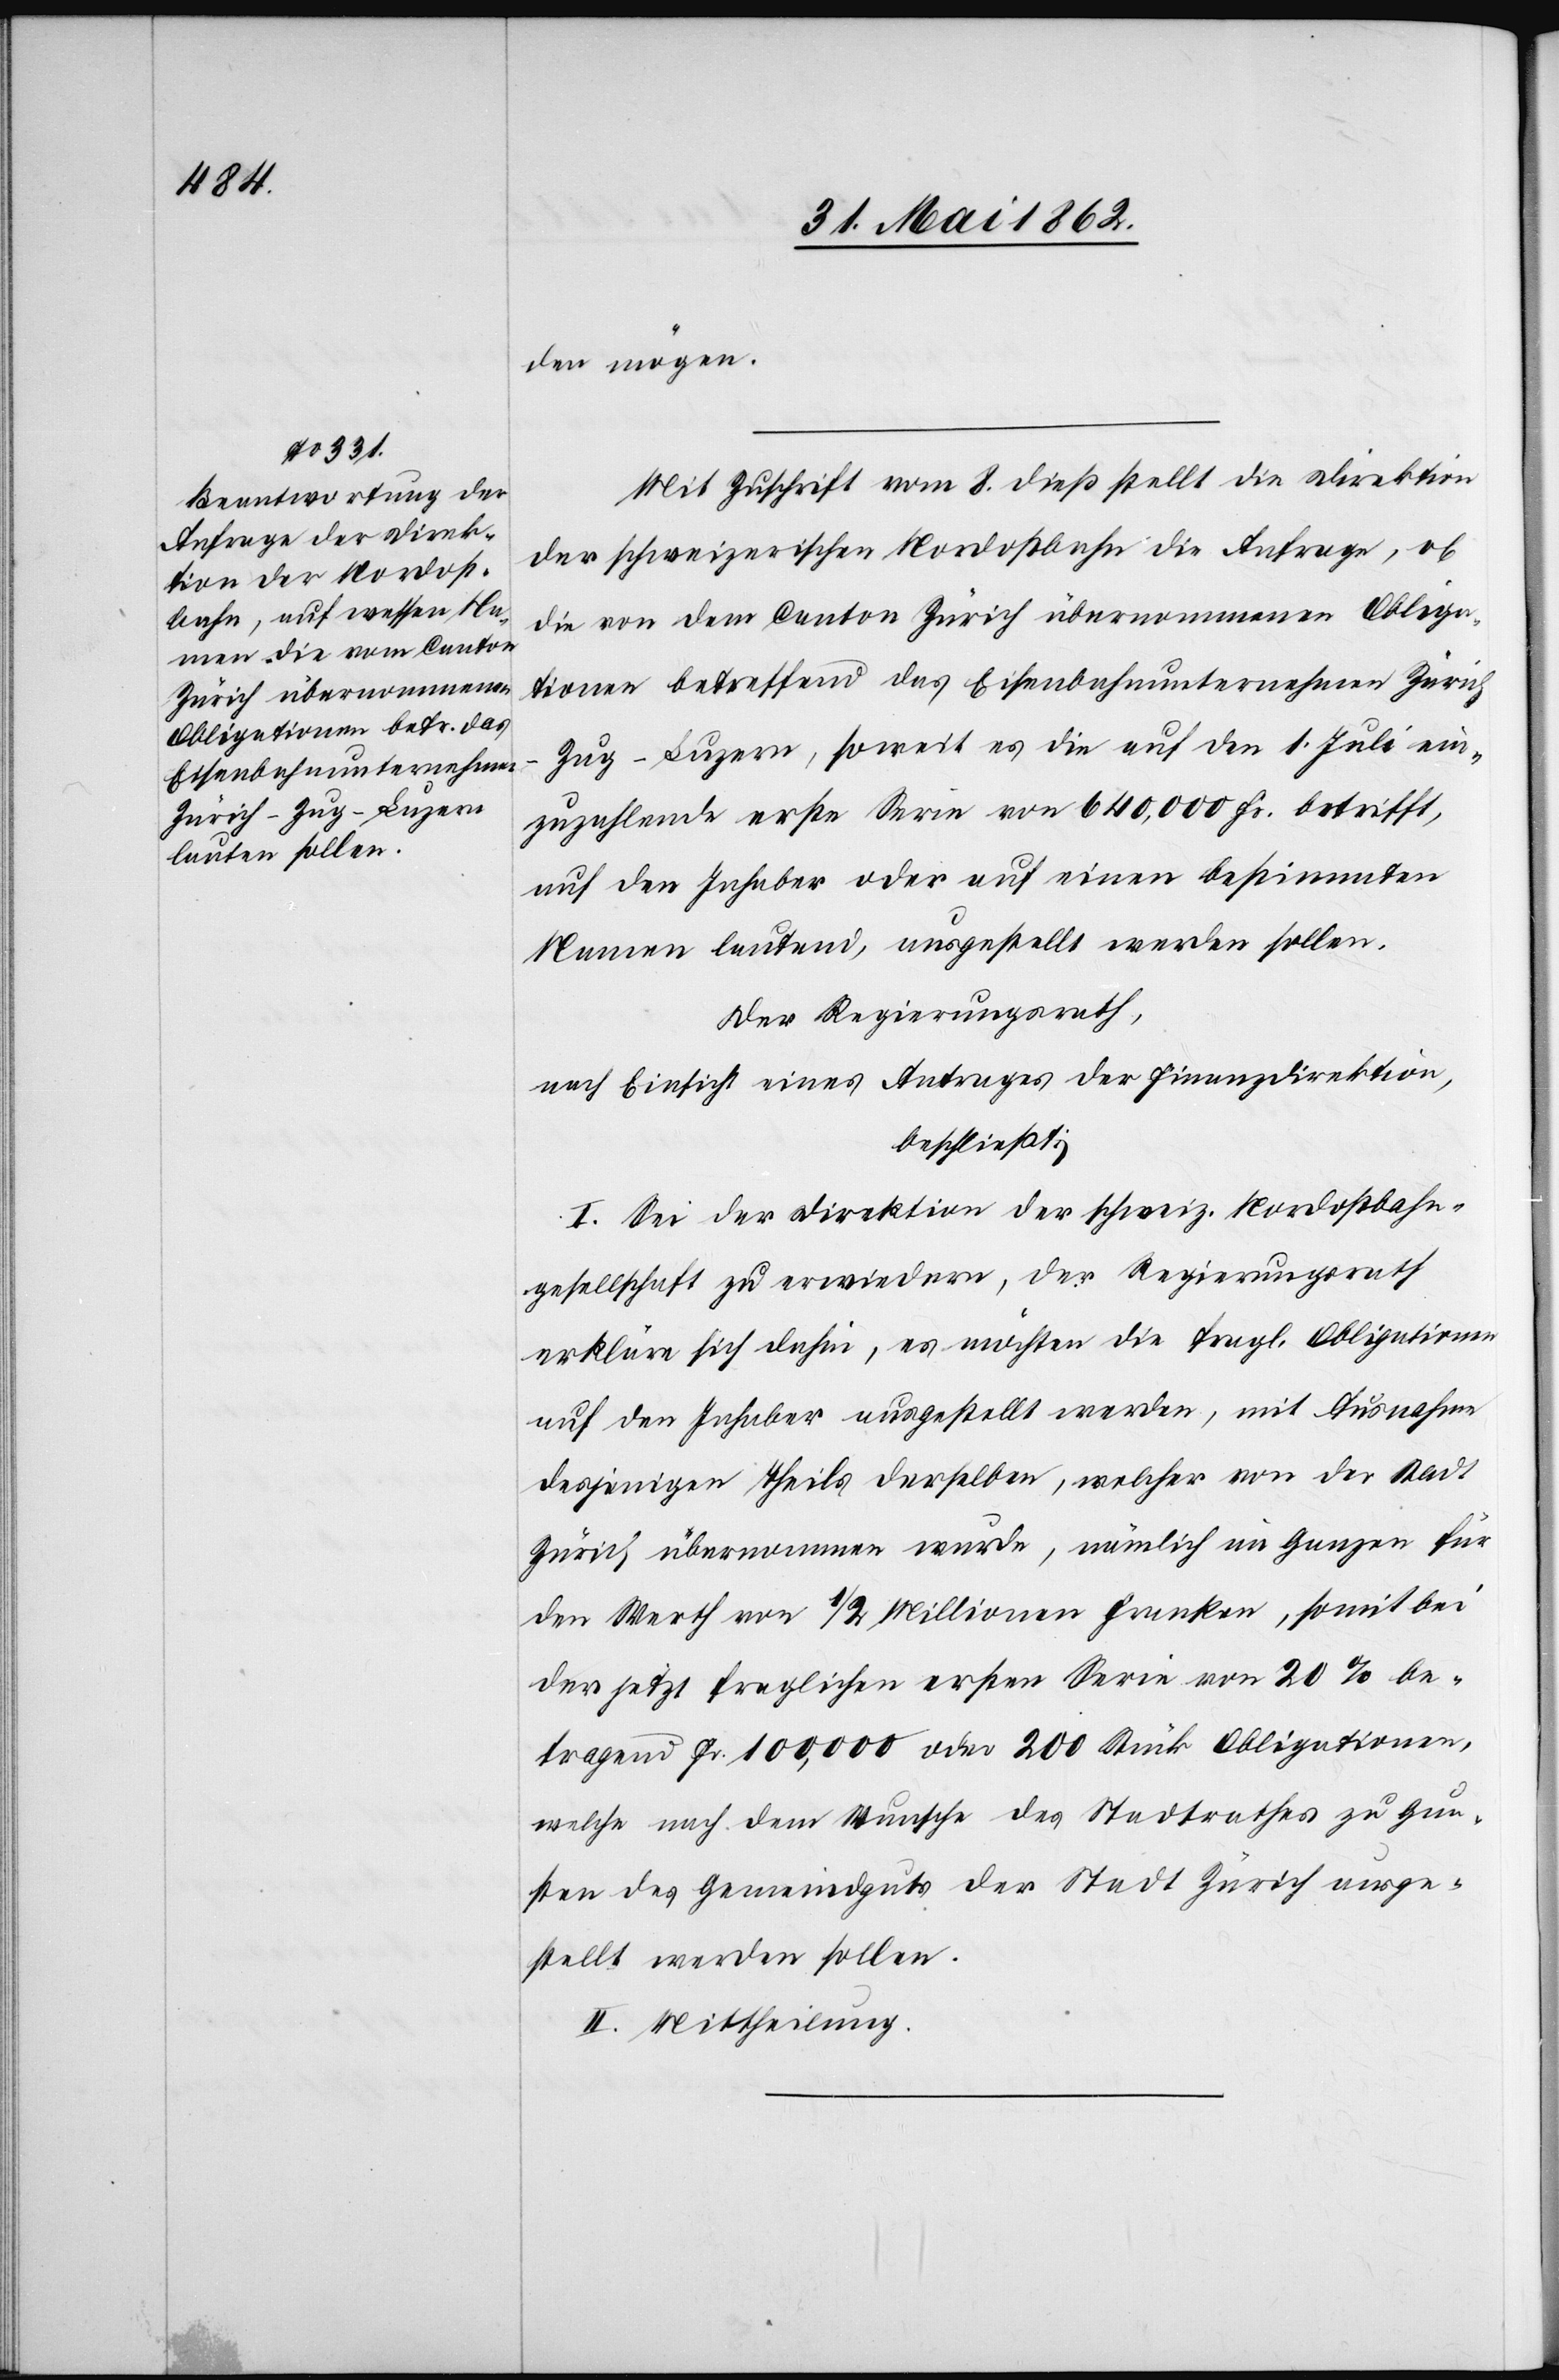
den mögen.
Mit Zuschrift vom 8. dieß stellt die Direktion
der schweizerischen Nordostbahn die Anfrage, ob
die von dem Canton Zürich übernommenen Obliga¬
tionen betreffend das Eisenbahnunternehmen Züric¬
h–Zug–Luzern, soweit es die auf den 1. Juli ein¬
zuzahlende erste Serie von 640,000 Fr. betrifft,
auf den Inhaber oder auf einen bestimmten
Namen lautend, ausgestellt werden sollen.
Der Regierungsrath,
nach Einsicht eines Antrages der Finanzdirektion,
beschließt:
I. Bei der Direktion der schweiz. Nordostbahn¬
gesellschaft zu erwiedern, der Regierungsrath
erkläre sich dahin, es möchten die fragl. Obligationen
auf den Inhaber ausgestellt werden, mit Ausnahme
desjenigen Theils derselben, welcher von der Stadt
Zürich übernommen wurde, nämlich im Ganzen für
den Werth von 1/2 Millionen Franken, somit bei
der jetzt fraglichen ersten Serie von 20% be¬
tragend Fr. 100,000 oder 200 Stück Obligationen,
welche nach dem Wunsche des Stadtrathes zu Gun¬
sten des Gemeindguts der Stadt Zürich ausge¬
stellt werden sollen.
II. Mittheilung.